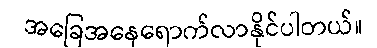
အခြေအနေရောက်လာနိုင်ပါတယ်။